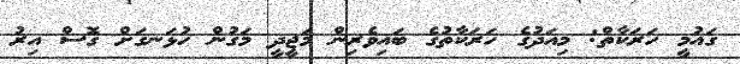
ގައުމީ ހަރަކާތް: މިއަދުގެ ހަރަކާތުގެ ބައިވެރިން މަޖީދީ މަގުން ހުޅަނގަށް ގޮސް އިރު